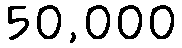
50,000